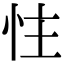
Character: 𪫬